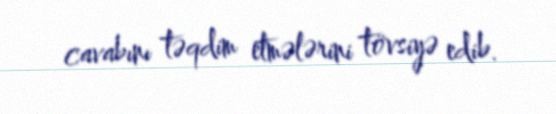
cavabını təqdim etmələrini tövsiyə edib.